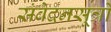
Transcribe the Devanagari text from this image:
संवेदनसूत्रों